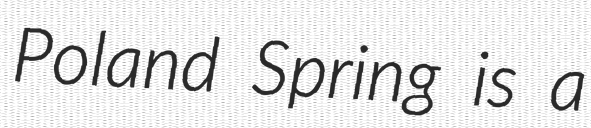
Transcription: Poland Spring is a